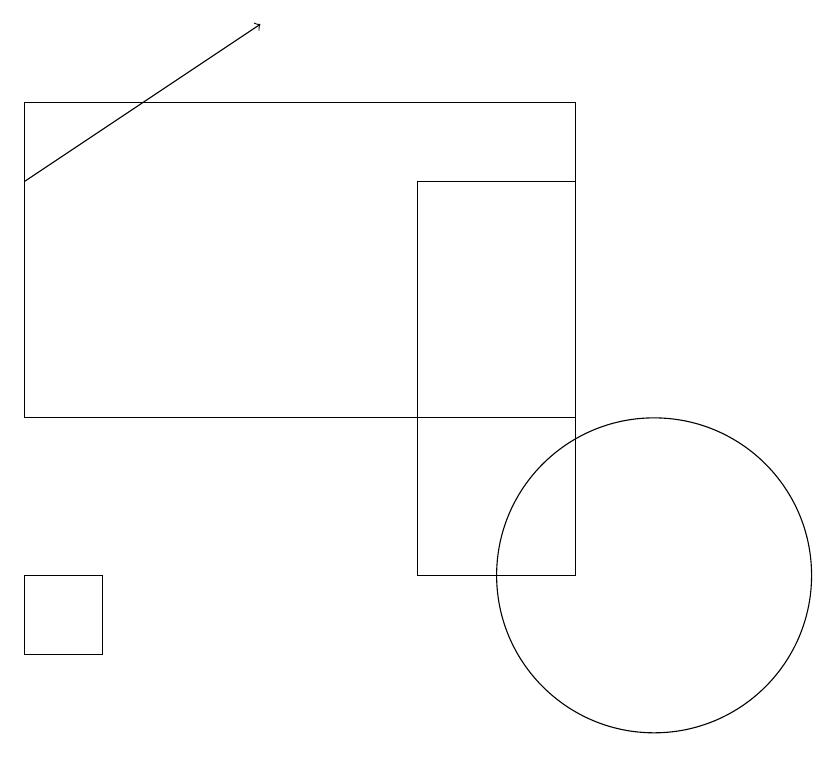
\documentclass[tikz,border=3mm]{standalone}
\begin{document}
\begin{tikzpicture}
\draw (10,11) circle (2);
\draw[->] (2,16) -- (5,18);
\draw (7,16) rectangle (9,11);
\draw (9,13) rectangle (2,17);
\draw (3,11) rectangle (2,10);
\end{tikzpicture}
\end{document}